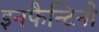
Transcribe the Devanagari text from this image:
इनफैन्टिनो